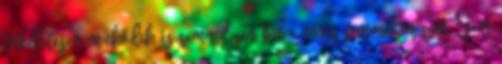
tökéletesen működik és semmilyen hiba nincs semmiben sem. Sem